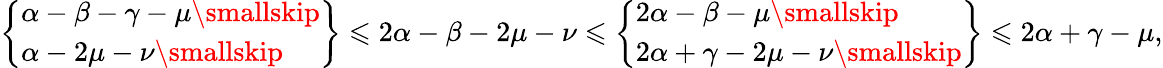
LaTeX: \left\{ \begin{array}{l}{\alpha-\beta-\gamma-\mu\smallskip}\\ {\alpha-2\mu-\nu\smallskip}\end{array}\right\} \leqslant 2\alpha-\beta-2\mu-\nu\leqslant\left\{ \begin{array}{l}{2\alpha-\beta-\mu\smallskip}\\ {2\alpha+\gamma-2\mu-\nu\smallskip}\end{array}\right\} \leqslant 2\alpha+\gamma-\mu,